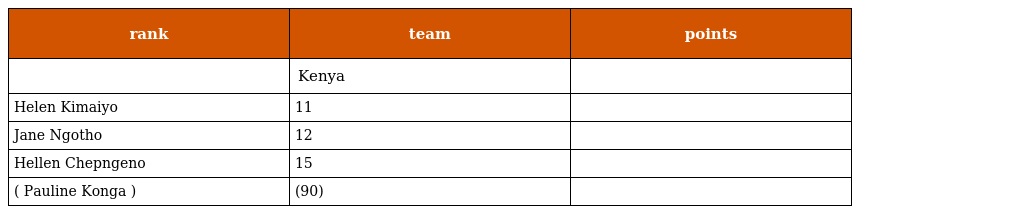
| rank | team | points |
 | --- | --- | --- |
 |  | Kenya |  |
 | Helen Kimaiyo | 11 |  |
 | Jane Ngotho | 12 |  |
 | Hellen Chepngeno | 15 |  |
 | ( Pauline Konga ) | (90) |  |